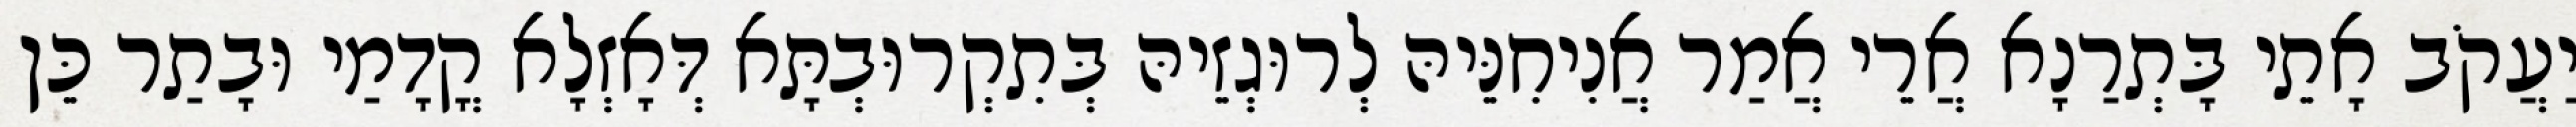
יַעֲקֹב אָתֵי בָּתְרַנָא אֲרֵי אֲמַר אֲנִיחִנֵּיהּ לְרוּגְזֵיהּ בְּתִקְרוּבְתָּא דְּאָזְלָא קֳדָמַי וּבָתַר כֵּן